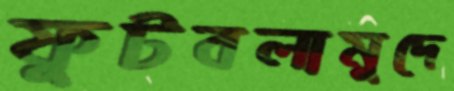
ফুটবলামুদে